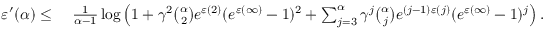
\begin{array} { r l } { \varepsilon ^ { \prime } ( \alpha ) \leq } & { \ \frac { 1 } { \alpha - 1 } \log \left( 1 + \gamma ^ { 2 } \binom { \alpha } { 2 } e ^ { \varepsilon ( 2 ) } ( e ^ { \varepsilon ( \infty ) } - 1 ) ^ { 2 } + \sum _ { j = 3 } ^ { \alpha } \gamma ^ { j } \binom { \alpha } { j } e ^ { ( j - 1 ) \varepsilon ( j ) } ( e ^ { \varepsilon ( \infty ) } - 1 ) ^ { j } \right) . } \end{array}